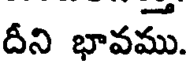
దీని భావము.